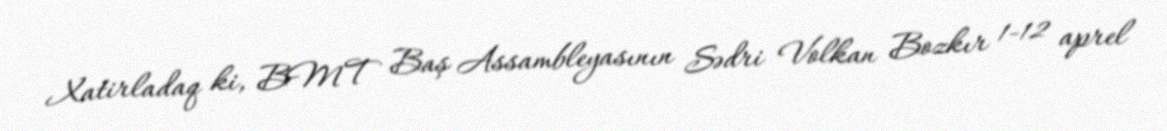
Xatirladaq ki, BMT Baş Assambleyasının Sədri Volkan Bozkır 1-12 aprel